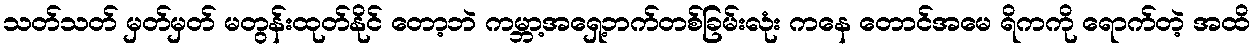
သတ်သတ် မှတ်မှတ် မတွန်းထုတ်နိုင် တော့ဘဲ ကမ္ဘာ့အရှေ့ဘက်တစ်ခြမ်းလုံး ကနေ တောင်အမေ ရိကကို ရောက်တဲ့ အထိ